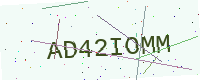
Text: AD42IOMM